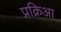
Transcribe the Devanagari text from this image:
प्रक्रिआ